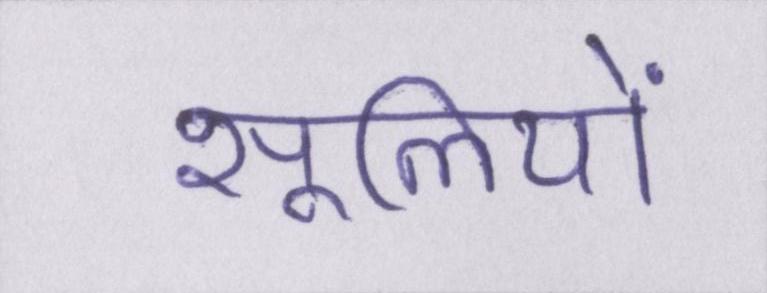
सूलियों